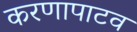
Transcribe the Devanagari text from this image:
करणापाटव